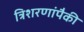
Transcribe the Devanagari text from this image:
त्रिशरणांपैकी